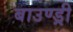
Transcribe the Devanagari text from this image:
बाउण्ड्री